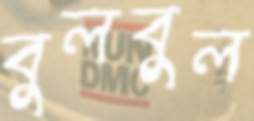
বুলবুল